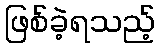
ဖြစ်ခဲ့ရသည့်